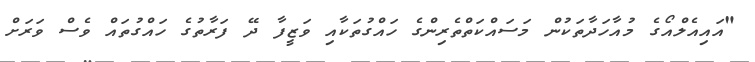
"އައިއެލްއޯގެ މުއާހަދާތަކުން މަސައްކަތްތެރިންގެ ހައްގުތަކާއި ވަޒީފާ ދޭ ފަރާތުގެ ހައްގުތައް ވެސް ވަރަށް